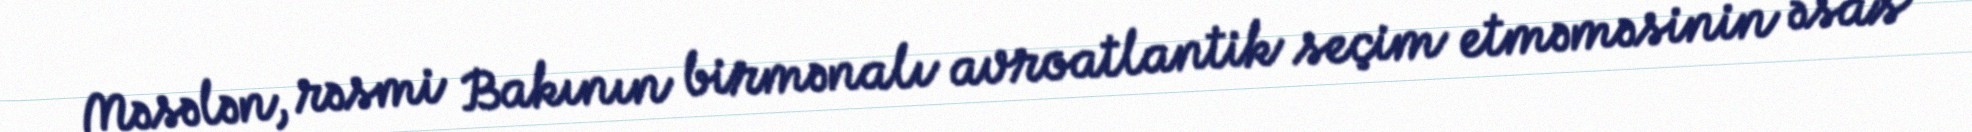
Məsələn, rəsmi Bakının birmənalı avroatlantik seçim etməməsinin əsas